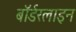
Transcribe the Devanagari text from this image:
बॉर्डरलाइन